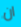
ان